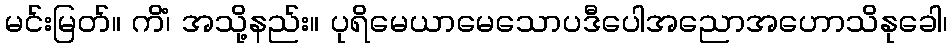
မင်းမြတ်။ ကိံ၊ အသို့နည်း။ ပုရိမေယာမေသောပဒီပေါအညောအဟောသိနုခေါ၊